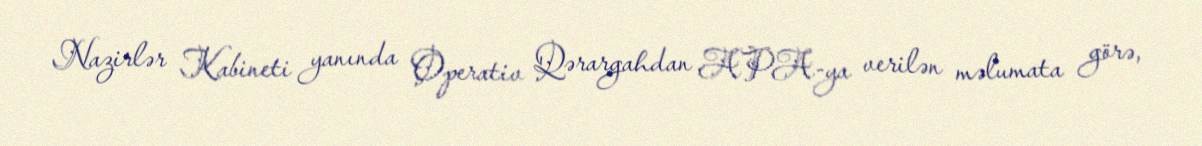
Nazirlər Kabineti yanında Operativ Qərargahdan APA-ya verilən məlumata görə,